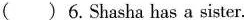
( )6.Shasha has a sister.